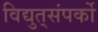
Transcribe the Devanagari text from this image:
विद्युत्‌संपर्को